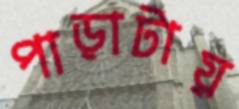
পাড়াটায়